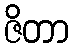
ဇိတာ